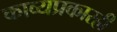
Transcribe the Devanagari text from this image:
काव्यप्रकारही